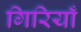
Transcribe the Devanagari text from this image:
गिरियाँ